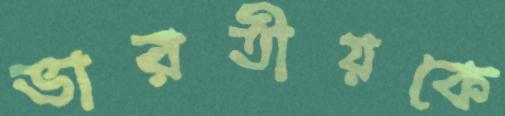
ভারতীয়কে